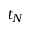
t _ { N }